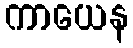
ကာယေန